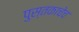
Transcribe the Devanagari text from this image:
पुस्तकाचेच